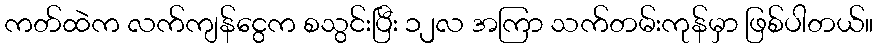
ကတ်ထဲက လက်ကျန်ငွေက စသွင်းပြီး ၁၂လ အကြာ သက်တမ်းကုန်မှာ ဖြစ်ပါတယ်။